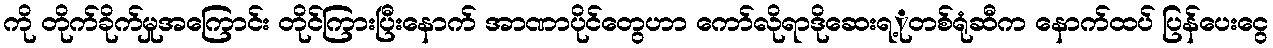
ကို တိုက်ခိုက်မှုအကြောင်း တိုင်ကြားပြီးနောက် အာဏာပိုင်တွေဟာ ကော်လိုရာဒိုဆေးရ့ုတစ်ရုံဆီက နောက်ထပ် ပြန်ပေးငွေ